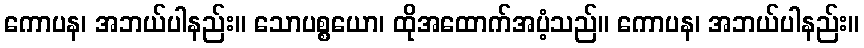
ကောပန၊ အဘယ်ပါနည်း။ သောပစ္စယော၊ ထိုအထောက်အပံ့သည်။ ကောပန၊ အဘယ်ပါနည်း။